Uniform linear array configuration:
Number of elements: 12
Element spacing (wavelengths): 0.75
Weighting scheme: cosine
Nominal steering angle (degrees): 45
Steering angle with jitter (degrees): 45.285
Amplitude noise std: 0.05
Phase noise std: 0.05

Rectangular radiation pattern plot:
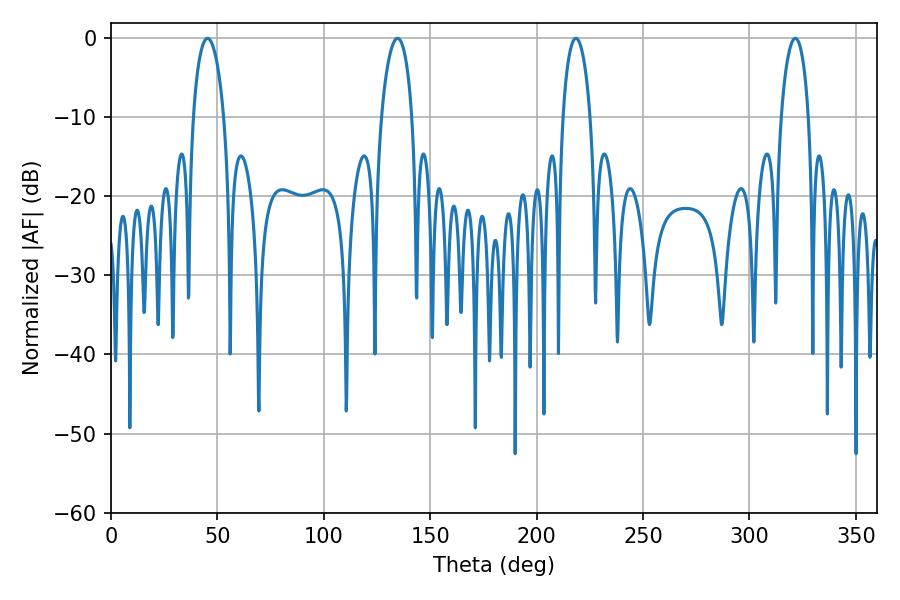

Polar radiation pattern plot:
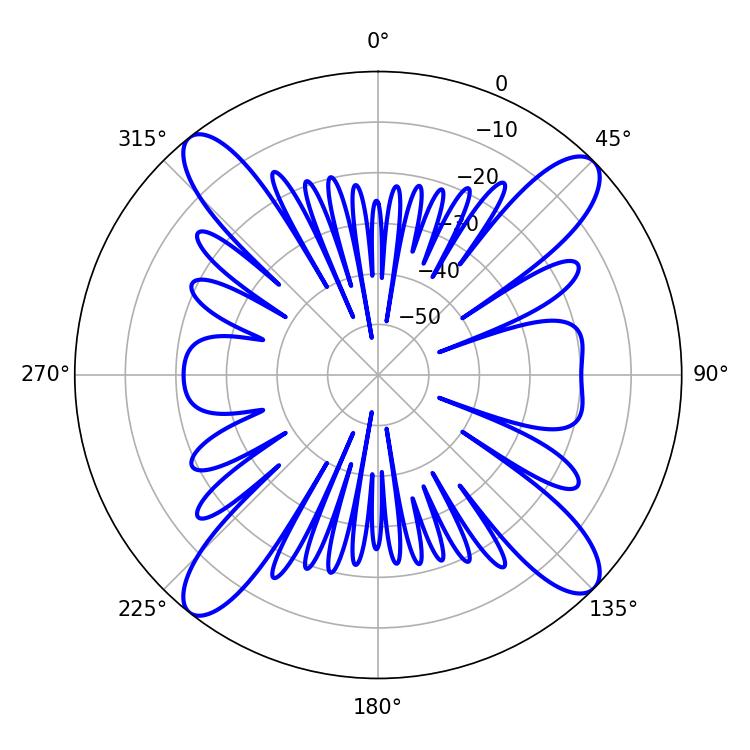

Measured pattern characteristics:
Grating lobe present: TRUE
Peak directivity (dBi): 16.002
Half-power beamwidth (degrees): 8.28
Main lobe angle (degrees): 45.36